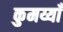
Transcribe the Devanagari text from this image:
कुमय्याँ